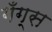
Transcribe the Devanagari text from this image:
गँग्स